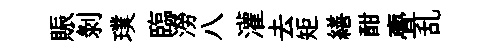
賑剝璞臨澇八灌去矩繕酣亹乱